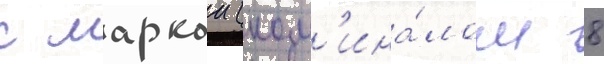
с маркои (ном'ина́лом 8